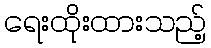
ရေးထိုးထားသည့်